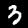
Digit: 3